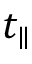
t _ { \parallel }